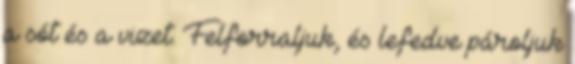
a sót és a vizet. Felforraljuk, és lefedve pároljuk